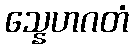
သ္နေဟဂတံ